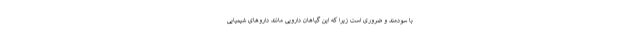
با سودمند و ضروری است زیرا که این گیاهان دارویی مانند داروهای شیمیایی